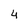
Character: 4